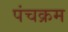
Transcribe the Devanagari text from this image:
पंचक्रम